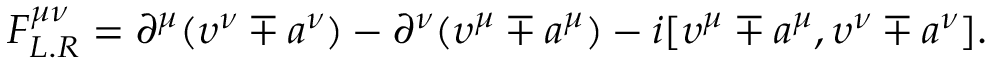
F _ { L . R } ^ { \mu \nu } = \partial ^ { \mu } ( \upsilon ^ { \nu } \mp a ^ { \nu } ) - \partial ^ { \nu } ( \upsilon ^ { \mu } \mp a ^ { \mu } ) - i [ \upsilon ^ { \mu } \mp a ^ { \mu } , \upsilon ^ { \nu } \mp a ^ { \nu } ] .